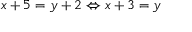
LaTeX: x + 5 = y + 2 \Leftrightarrow x + 3 = y